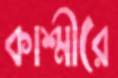
কাশ্মীরে